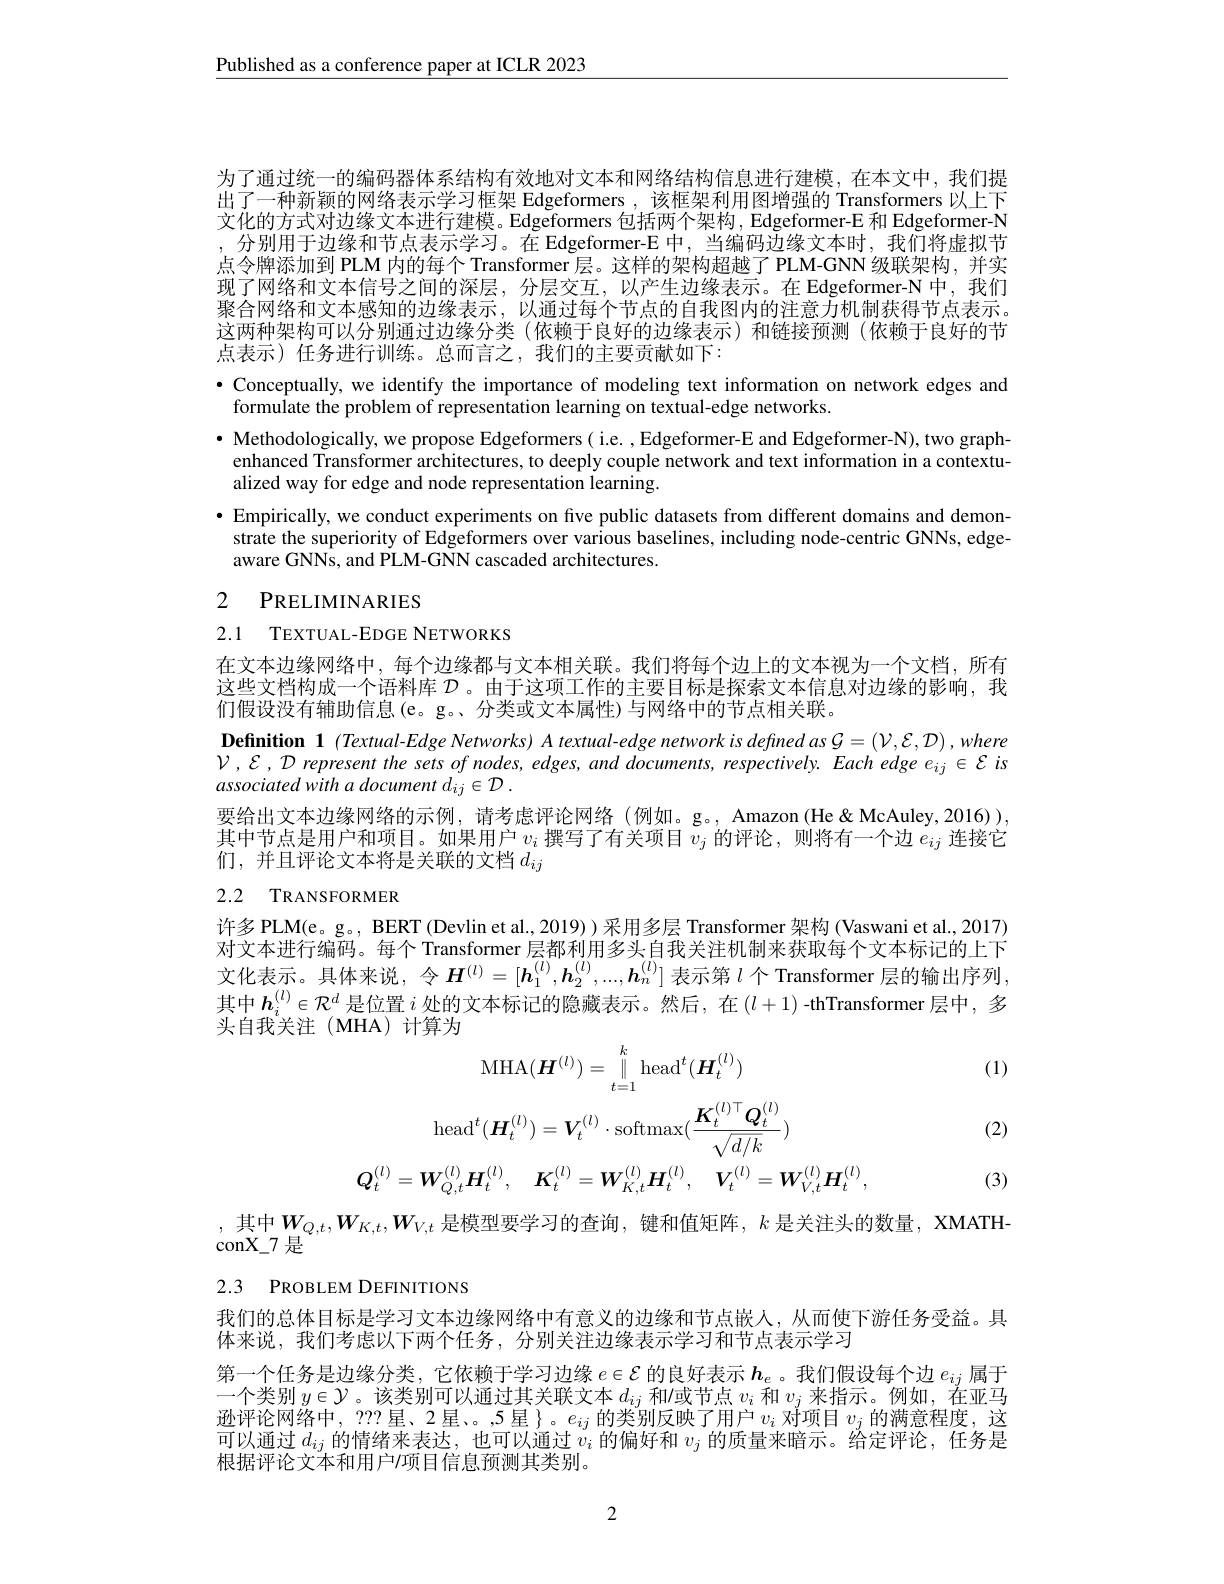
$\underline{\text{Published as a conference paper at ICLR 2023}}$

为了通过统一的编码器体系结构有效地对文本和网络结构信息进行建模，在本文中，我们提出了一种新颖的网络表示学习框架 Edgeformers , 该框架利用图增强的 Transformers 以上下文化的方式对边缘文本进行建模。Edgeformers 包括两个架构，Edgeformer-E 和 Edgeformer-N ,分别用于边缘和节点表示学习。在 Edgeformer-E 中，当编码边缘文本时，我们将虚拟节点令牌添加到 PLM 内的每个 Transformer 层。这样的架构超越了 PLM-GNN 级联架构，并实现了网络和文本信号之间的深层，分层交互，以产生边缘表示。在 Edgeformer-N 中，我们聚合网络和文本感知的边缘表示，以通过每个节点的自我图内的注意力机制获得节点表示。这两种架构可以分别通过边缘分类(依赖于良好的边缘表示)和链接预测(依赖于良好的节点表示) 任务进行训练。总而言之，我们的主要贡献如下：

$\bullet$ Conceptually, we identify the importance of modeling text information on network edges and
formulate the problem of representation learning on textual-edge networks.
$\bullet$ Methodologically, we propose Edgeformers( i.e. , Edgeformer-E and Edgeformer-N), two graph-
enhanced Transformer architectures, to deeply couple network and text information in a contextu-
alized way for edge and node representation learning.
· Empirically, we conduct experiments on five public datasets from different domains and demonstrate the superiority of Edgeformers over various baselines, including node-centric GNNs, edgeaware GNNs, and PLM-GNN cascaded architectures.

# 2 PRELIMINARIES

2.1 TEXTUAL-EDGE NETWORKS

在文本边缘网络中，每个边缘都与文本相关联。我们将每个边上的文本视为一个文档，所有这些文档构成一个语料库$\mathcal{D}$ 。由于这项工作的主要目标是探索文本信息对边缘的影响，我们假设没有辅助信息(e。g。、分类或文本属性)与网络中的节点相关联。
$\textbf{Definition 1}($Textual-Edge Networks) A textual-edge network is defined as $\mathcal{G}=\left(\mathcal{V},\mathcal{E},\mathcal{D}\right),where$ $\mathcal{V},\mathcal{E},\mathcal{D}$ represent the sets of nodes, edges, and documents, respectively. Each edge $e_ij\in\mathcal{E}$ is associated with a document $d_{ij}\in \mathcal{D}$ .
要给出文本边缘网络的示例，请考虑评论网络(例如。g。,Amazon(He&McAuley,2016)), 其中节点是用户和项目。如果用户$v_i$撰写了有关项目$v_j$的评论，则将有一个边$e_ij$连接它们，并且评论文本将是关联的文档$d_{ij}$

# 2.2 TRANSFORMER

许多 PLM(e。g。, BERT (Devlin et al., 2019) ) 采用多层 Transformer 架构 (Vaswani et al., 2017) 对文本进行编码。每个 Transformer 层都利用多头自我关注机制来获取每个文本标记的上下文化表示。具体来说，令$\boldsymbol H^{(l)}=[\boldsymbol h_1^{(l)},\boldsymbol{h}_2^{(l)},...,\boldsymbol{h}_n^{(l)}]$表示第$l$个 Transformer 层的输出序列， 其中$\boldsymbol{h}_i^{(l)}\in\mathcal{R}^d$是位置$i$处的文本标记的隐藏表示。然后，在$(l+1)$ -thTransformer 层中，多头自我关注(MHA)计算为

(1)
$$\mathrm{MHA}(\boldsymbol{H}^{(l)})=\parallel_{t=1}^{k}\mathrm{head}^{t}(\boldsymbol{H}_{t}^{(l)})\\\mathrm{head}^{t}(\boldsymbol{H}_{t}^{(l)})=\boldsymbol{V}_{t}^{(l)}\cdot\mathrm{softmax}(\frac{\boldsymbol{K}_{t}^{(l)\top}\boldsymbol{Q}_{t}^{(l)}}{\sqrt{d/k}})\\\boldsymbol{Q}_{t}^{(l)}=\boldsymbol{W}_{Q,t}^{(l)}\boldsymbol{H}_{t}^{(l)},\quad\boldsymbol{K}_{t}^{(l)}=\boldsymbol{W}_{K,t}^{(l)}\boldsymbol{H}_{t}^{(l)},\quad\boldsymbol{V}_{t}^{(l)}=\boldsymbol{W}_{V,t}^{(l)}\boldsymbol{H}_{t}^{(l)},$$
(2)

(3)

$\begin{array}{l}\text{,其中}W_{Q,t},W_{K,t},W_{V,t}\text{ 是模型要学习的查询，键和值矩阵，}k\text{ 是关注头的数量，XMATH-}\\\mathrm{conX\_7~是}\end{array}$

# 2.3 PROBLEM DEFINITIONS

我们的总体目标是学习文本边缘网络中有意义的边缘和节点嵌人，从而使下游任务受益。具
体来说，我们考虑以下两个任务，分别关注边缘表示学习和节点表示学习
第一个任务是边缘分类，它依赖于学习边缘$e\in\mathcal{E}$的良好表示$h_e$ 。我们假设每个边$e_ij$属于一个类别$y\in\mathcal{Y}$。该类别可以通过其关联文本$d_ij$和/或节点$v_i$和$v_j$来指示。例如，在亚马逊评论网络中，??? 星、2 星、。,5 星 }。$e_ij$的类别反映了用户$v_i$对项目$v_j$的满意程度，这可以活士$\lambda_\text{的情体中本生 }$此可以海土。的自好和。的手具中应三 从六远入 行名可以通过$d_ij$的情绪来表达，也可以通过$v_i$ 的偏好和 $v_j$ 的质量来暗示。给定评论，任务是根据评论文本和用户$\prime$项目信息预测其类别。

2